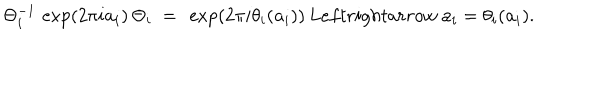
\Theta _ { i } ^ { - 1 } \, \exp \left( 2 \pi i \mathbf { a } _ { i } \right) \, \Theta _ { i } \ = \ \exp \left( 2 \pi i \theta _ { i } ( \mathbf { a } _ { i } ) \right) \, L e f t r i g h t a r r o w \ \mathbf { a } _ { i } = \theta _ { i } ( \mathbf { a } _ { i } ) .